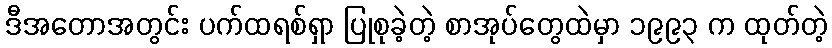
ဒီအတောအတွင်း ပက်ထရစ်ရှာ ပြုစုခဲ့တဲ့ စာအုပ်တွေထဲမှာ ၁၉၉၃ က ထုတ်တဲ့